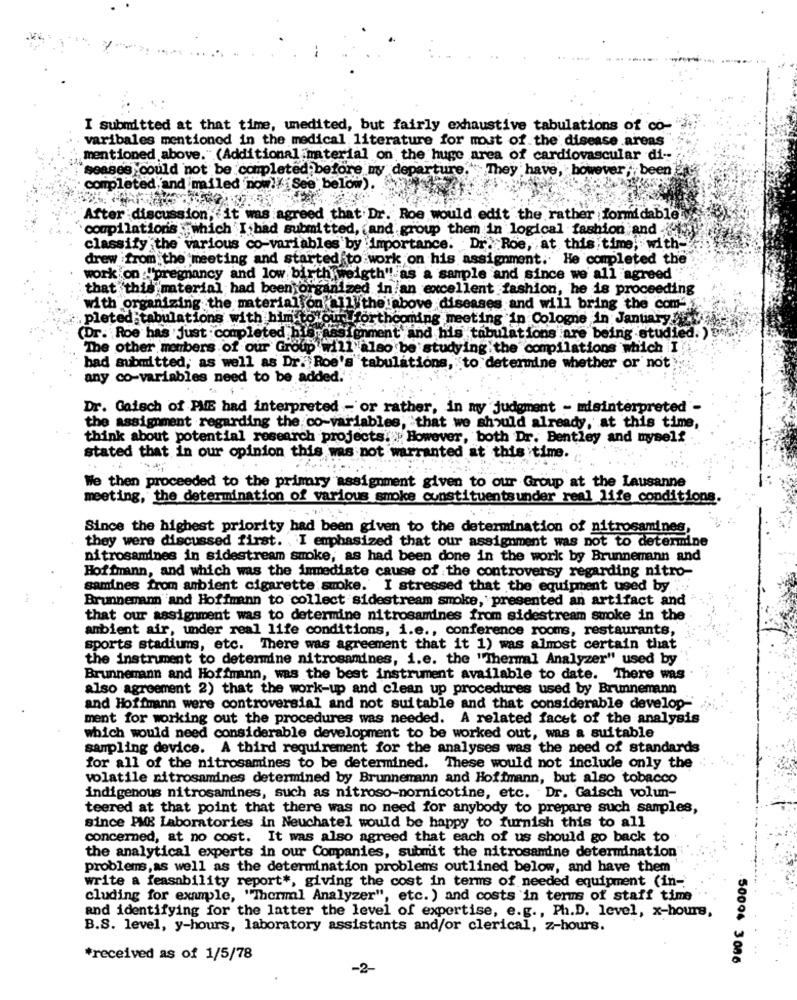
I submitted at that time, unedited, but fairly exhaustive tabulations of co-
varibales mentioned in the medical literature for mout of. the disease .areas
mentioned above." (Additional material on the huge area of cardiovascular di --
seases could not be completed before my depa
ture."They have, however, been
completed and mailed now!/ See below).
After discussion, it was agreed that Dr. Roe would edit the rather formidable
compilations which I bad submitted, and group them in logical fashion and -
classify the various co-variables by importance. Dr. Roe, at this time, with
drew from the meeting and started to work on his assignment. He completed the
work on :"pregnancy and low birth weigth" as a sample and since we all agreed
that this material had been organized in an excellent fashion, he is proceeding
with organizing the material on all the above diseases and will bring the com-s.
pleted tabulations with him to our forthcoming meeting in Cologne in January
(Dr. Roe has just completed his
signment and his tabulations are being studied. ) De
The other members of our Group will also be studying the compilations which I!
bad submitted, as well as Dr. Roe's tabulations, to determine whether or not
any co-variables need to be added.'
Dr. Gatech of PME had interpreted - or rather, in my judgment - misinterpreted -
the assignment regarding the co-variables, that we should already, at this time,
think about potential research projects. However, both Dr. Bentley and myself
stated that in our opinion this was not warranted at this time.
We then proceeded to the primary assignment given to our Group at the Lausanne
meeting, the determination of various smoke constituentsunder real life conditions.
Since the highest priority had been given to the determination of nitrosamines,
they were discussed first. I emphasized that our assignment was not to determine
nitrosamines in sidestream smoke, as had been done in the work by Brunnemann and
Hoffmann, and which was the immediate cause of the controversy regarding nitro-
samines from ambient cigarette smoke. I stressed that the equipment used by ".
Brunnemann and Hoffmann to collect sidestream smoke, presented an artifact and
that our assignment was to determine nitrosamines from sidestream suoke in the
ambient air, under real life conditions, i.e ., conference rooms, restaurants,
sports stadiums, etc. There was agreement that it 1) was almost certain that
the instrument to determine nitrosamines, i.e. the "Thermal Analyzer" used by
Brunnemann and Hoffmann, was the best instrument available to date. There was
also agreement 2) that the work-up and clean up procedures used by Brunnemann
and Hoffmann were controversial and not suitable and that considerable develop-'
ment for working out the procedures was needed. A related facet of the analysis
which would need considerable development to be worked out, was a suitable
sampling device. A third requirement for the analyses was the need of standards
for all of the nitrosamines to be determined. These would not include only the .
volatile nitrosamines determined by Brunnemann and Hoffmann, but also tobacco
indigenous nitrosamines, such as nitroso-nornicotine, etc. Dr. Gaisch volun-
teered at that point that there was no need for anybody to prepare such samples,
since PME Laboratories in Neuchatel would be happy to furnish this to all
concerned, at no cost. It was also agreed that each of us should go back to
the analytical experts in our Companies, submit the nitrosamine determination
problems, as well as the determination problems outlined below, and have them
write a feasability report *, giving the cost in terms of needed equipment (in -.
cluding for example, "Thermal Analyzer", etc. ) and costs in terms of staff time
and identifying for the latter the level of expertise, e.g ., Ph.D. level, x-hours,
B.S. level, y-hours, laboratory assistants and/or clerical, z-hours.
*received as of 1/5/78
50004 3086
-2-